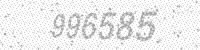
Solution: 996585